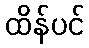
ထိန်ပင်